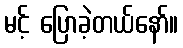
မင့် ပြောခဲ့တယ်နော်။